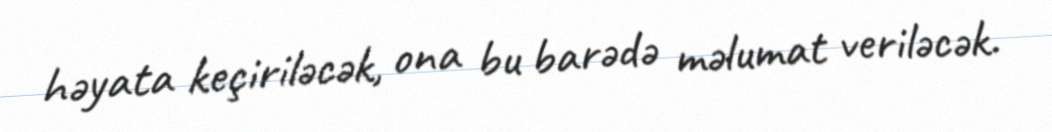
həyata keçiriləcək, ona bu barədə məlumat veriləcək.